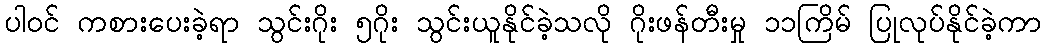
ပါဝင် ကစားပေးခဲ့ရာ သွင်းဂိုး ၅ဂိုး သွင်းယူနိုင်ခဲ့သလို ဂိုးဖန်တီးမှု ၁၁ကြိမ် ပြုလုပ်နိုင်ခဲ့ကာ